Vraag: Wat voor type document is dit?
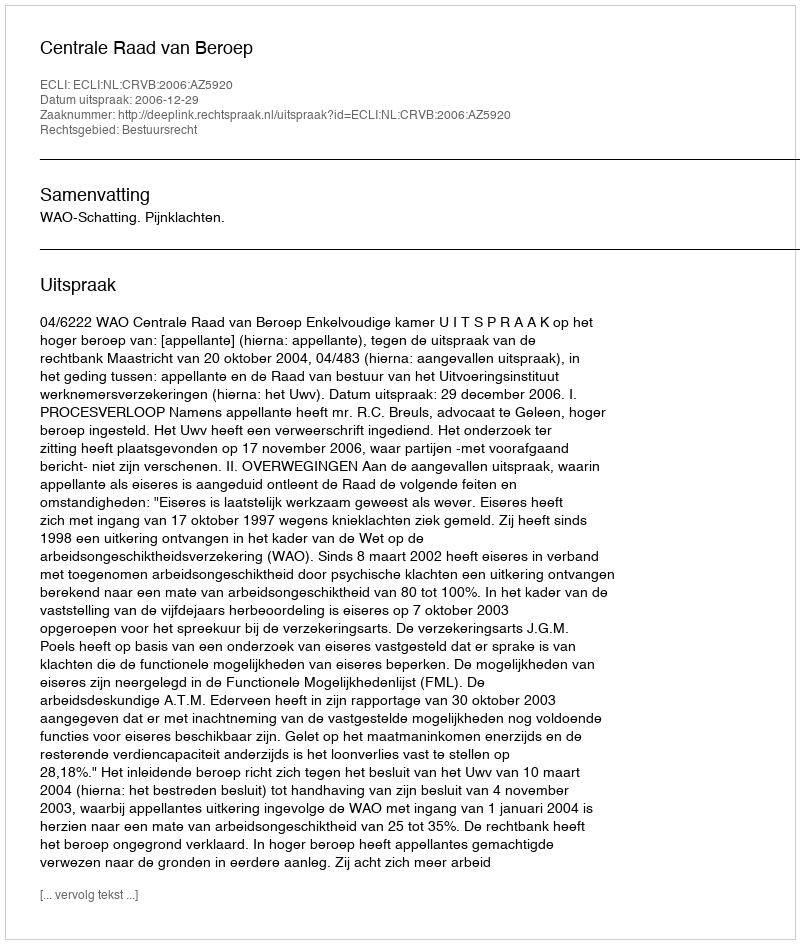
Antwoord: Uitspraak